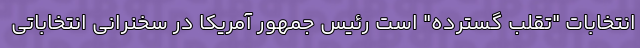
انتخابات "تقلب گسترده" است رئیس جمهور آمریکا در سخنرانی انتخاباتی